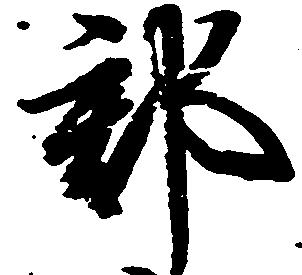
郡